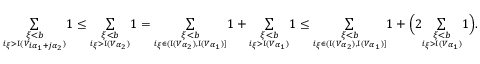
\begin{array} { r } { \underset { \underset { i _ { \xi } > \mathrm { I } ( V _ { i { \alpha _ { 1 } } + j { \alpha _ { 2 } } } ) } { \xi < b } } { \sum } 1 \leq \underset { \underset { i _ { \xi } > \mathrm { I } ( V _ { { \alpha _ { 2 } } } ) } { \xi < b } } { \sum } 1 = \underset { \underset { i _ { \xi } \in ( \mathrm { I } ( V _ { \alpha _ { 2 } } ) , \mathrm { I } ( V _ { \alpha _ { 1 } } ) ] } { \xi < b } } { \sum } 1 + \underset { \underset { i _ { \xi } > \mathrm { I } ( V _ { \alpha _ { 1 } } ) } { \xi < b } } { \sum } 1 \leq \underset { \underset { i _ { \xi } \in ( \mathrm { I } ( V _ { \alpha _ { 2 } } ) , \mathrm { I } ( V _ { \alpha _ { 1 } } ) ] } { \xi < b } } { \sum } 1 + \Big ( 2 \underset { \underset { i _ { \xi } > \mathrm { I } ( V _ { \alpha _ { 1 } } ) } { \xi < b } } { \sum } 1 \Big ) . } \end{array}